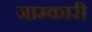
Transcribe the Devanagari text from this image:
जाम्कारी